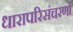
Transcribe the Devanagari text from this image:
धारापरिसंचरणों